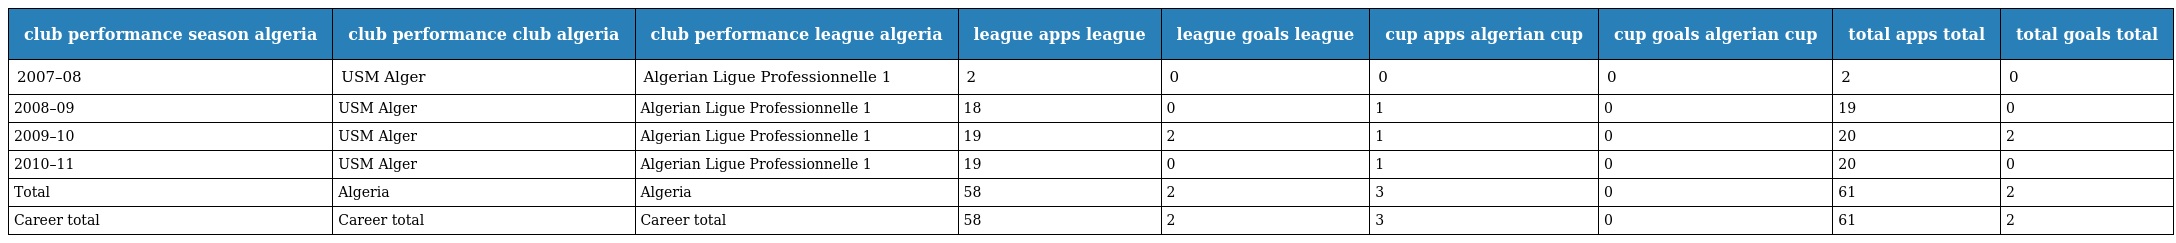
| club performance season algeria | club performance club algeria | club performance league algeria | league apps league | league goals league | cup apps algerian cup | cup goals algerian cup | total apps total | total goals total |
 | --- | --- | --- | --- | --- | --- | --- | --- | --- |
 | 2007–08 | USM Alger | Algerian Ligue Professionnelle 1 | 2 | 0 | 0 | 0 | 2 | 0 |
 | 2008–09 | USM Alger | Algerian Ligue Professionnelle 1 | 18 | 0 | 1 | 0 | 19 | 0 |
 | 2009–10 | USM Alger | Algerian Ligue Professionnelle 1 | 19 | 2 | 1 | 0 | 20 | 2 |
 | 2010–11 | USM Alger | Algerian Ligue Professionnelle 1 | 19 | 0 | 1 | 0 | 20 | 0 |
 | Total | Algeria | Algeria | 58 | 2 | 3 | 0 | 61 | 2 |
 | Career total | Career total | Career total | 58 | 2 | 3 | 0 | 61 | 2 |